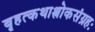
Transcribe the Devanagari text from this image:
बृहत्कथाश्लोकसंग्रहः